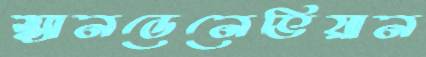
স্ক্যানডেনেভিয়ান